Madras plague regulations and rules for district municipalities and other towns and villages
Disease focus: Plague
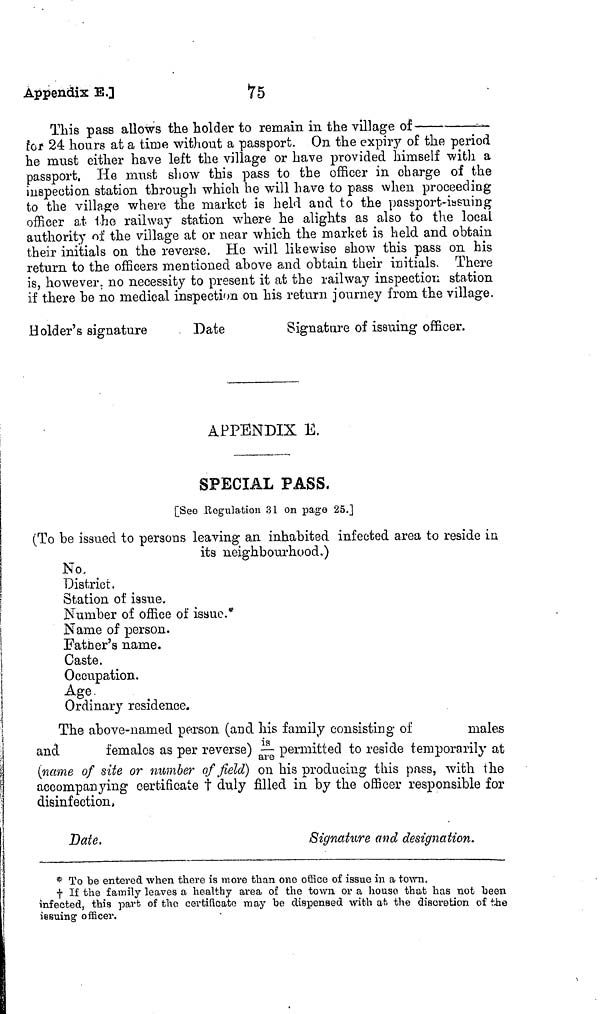
Appendix
E.]
75
This pass allows the holder to remain in the village of
for 24 hours at a time without a passport. On the expiry of the period
he must either have left the village or have provided himself with a
passport. He must show this pass to the officer in charge of the
inspection station through which he will have to pass when proceeding
to the village where the market is held and to the passport-issuing
officer at the railway station where he alights as also to the local
authority of the village at or near which the market is held and obtain
their initials on the reverse. He will likewise show this pass on his
return to the officers mentioned above and obtain their initials. There
is, however, no necessity to present it at the railway inspection station
if there be no medical inspection on his return journey from the village.
Holder's signature
Date
Signature of issuing officer.
APPENDIX E.
SPECIAL PASS,
[See Regulation 31 on page 25.]
(To be issued to persons leaving an inhabited infected area to reside in
its neighbourhood.)
No,
District.
Station of issue.
Number of office of issue.*
Name of person.
Fatner's name.
Caste.
Occupation.
Age.
Ordinary residence.
The above-named person (and his family consisting of
males
and
females as per reverse) is/are permitted to reside temporarily at
(name of site or number of field) on his producing this pass, with the
accompanying certificate † duly filled in by the officer responsible for
disinfection,
Date.
Signature and designation.
* To be entered when there is more than one office of issue in a town.
† If the family leaves a healthy area of the town or a house that has not been
infected, this part of the certificate may be dispensed with at the discretion of the
issuing officer.